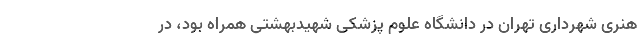
هنری شهرداری تهران در دانشگاه علوم پزشکی شهیدبهشتی همراه بود، در